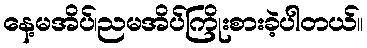
နေ့မအိပ်၊ညမအိပ်ကြိုးစားခဲ့ပါတယ်။